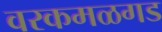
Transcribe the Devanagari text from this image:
वरकमळगड